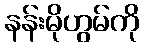
နန်းမိုဟွမ်ကို